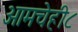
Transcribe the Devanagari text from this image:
आमचेही८